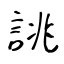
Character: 誂